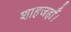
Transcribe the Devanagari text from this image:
शाहजहाँ।